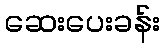
ဆေးပေးခန်း